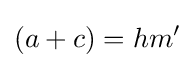
(a+c)=hm'